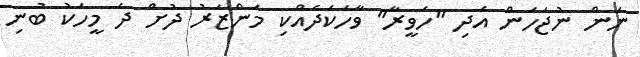
ނަން ނުޖަހަން އެދި "ހަވީރާ" ވާހަކަދެއްކި މަންޒަރު ދުށް ދެ މީހަކު ބުނި